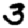
Digit: 3